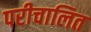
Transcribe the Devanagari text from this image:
परीचालित